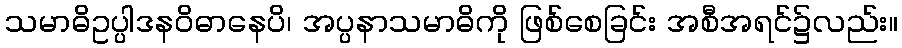
သမာဓိဥပ္ပါဒနဝိဓာနေပိ၊ အပ္ပနာသမာဓိကို ဖြစ်စေခြင်း အစီအရင်၌လည်း။